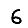
Digit: 6